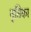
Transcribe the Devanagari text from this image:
नृतिका